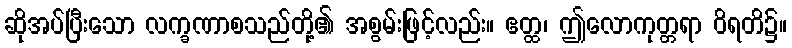
ဆိုအပ်ပြီးသော လက္ခဏာစသည်တို့၏ အစွမ်းဖြင့်လည်း။ ဧတ္ထ၊ ဤလောကုတ္တရာ ဝိရတိ၌။